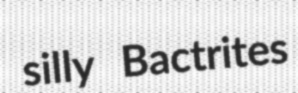
silly Bactrites